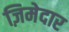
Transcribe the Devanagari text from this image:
ज़िमेदार